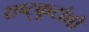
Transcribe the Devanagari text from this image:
राष्ट्कूटांची